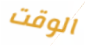
الوقت